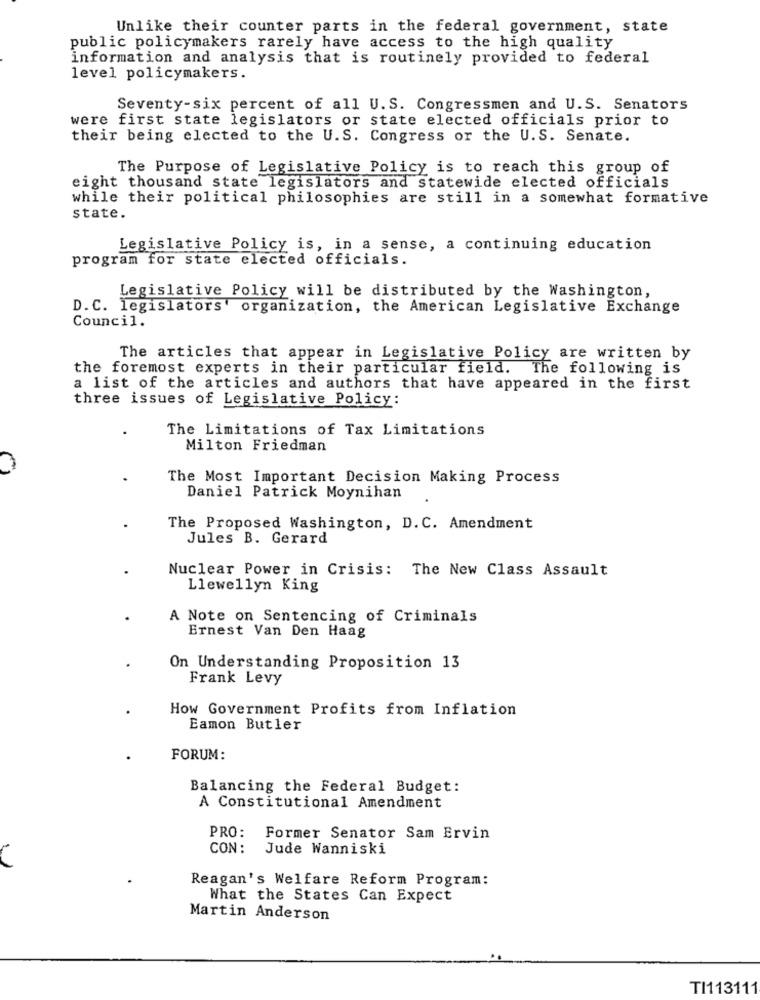
Unlike their counter parts in the federal government, state
public policymakers rarely have access to the high quality
information and analysis that is routinely provided to federal
level policymakers.
Seventy-six percent of all U.S. Congressmen and U.S. Senators
were first state legislators or state elected officials prior to
their being elected to the U.S. Congress or the U.S. Senate.
The Purpose of Legislative Policy is to reach this group of
eight thousand state legislators and statewide elected officials
while their political philosophies are still in a somewhat formative
state.
Legislative Policy is, in a sense, a continuing education
program for state elected officials.
Legislative Policy will be distributed by the Washington,
D. C. legislators' organization, the American Legislative Exchange
Council.
The articles that appear in Legislative Policy are written by
the foremost experts in their particular field. The following is
a list of the articles and authors that have appeared in the first
three issues of Legislative Policy:
The Limitations of Tax Limitations
Milton Friedman
The Most Important Decision Making Process
Daniel Patrick Moynihan
The Proposed Washington, D. C. Amendment
Jules B. Gerard
Nuclear Power in Crisis: The New Class Assault
Llewellyn King
A Note on Sentencing of Criminals
Ernest Van Den Haag
On Understanding Proposition 13
Frank Levy
How Government Profits from Inflation
Eamon Butler
FORUM:
Balancing the Federal Budget:
A Constitutional Amendment
PRO:
Former Senator Sam Ervin
CON :
Jude Wanniski
Reagan's Welfare Reform Program:
What the States Can Expect
Martin Anderson
TI113111